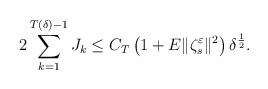
LaTeX: \begin{align*}2\sum_{k=1}^{T(\delta)-1}J_{k}&\leq C_{T}\left(1+E\|\zeta_{s}^{\varepsilon}\|^{2}\right)\delta^{\frac{1}{2}}.\end{align*}